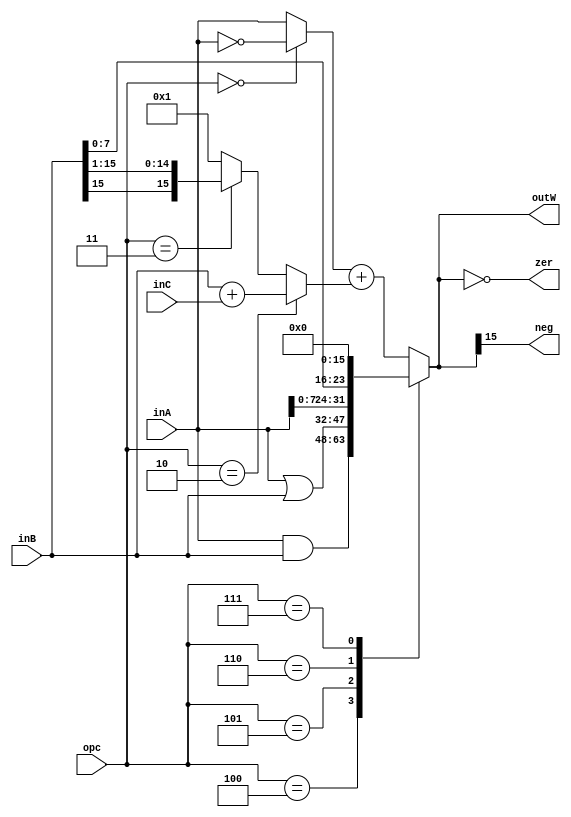
module ALUL2(input [15:0] inA, inB, input inC, input [2:0] opc, output reg [15:0] outW, output reg zer, neg);
	reg [15:0] addFirst, addSecond;
	reg [15:0] shiftedB;
	assign shiftedB = inB >> 1;
	assign addFirst = (opc == 3'b000) ? ~inA : inA;
	assign addSecond = (opc == 3'b010) ? (inB + inC) :
					   (opc == 3'b011) ? ({inB[15], shiftedB[14:0]}) :
					   1'b1;
	
	always @(opc, inA, inB, inC, outW) begin
		outW = 0;
		zer = 0;
		neg = 0;

		case (opc)
			4: outW = inA & inB;
			5: outW = inA | inB;
			6: outW = {inA[7:0], inB[7:0]};
			7: outW = 0;
			default: outW = addFirst + addSecond;
		endcase

		zer = outW == 0;
		neg = outW[15];
	end
endmodule